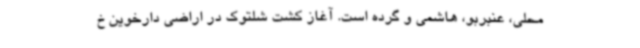
محلی، عنبربو، هاشمی و گرده است. آغاز کشت شلتوک در اراضی دارخوین خ